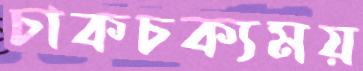
চাকচক্যময়